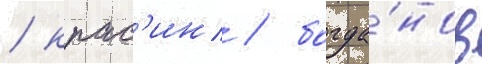
/ крас'ин / богда́нов